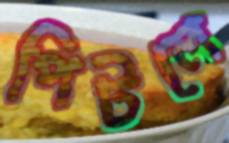
পিটলে